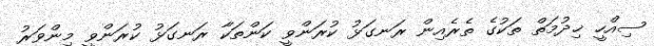
ސިއްހީ ޚިދުމަތް ތަކުގެ ތެރެއިން ރަނގަޅު ކުރަންވީ ކަންތަކާ ރަނގަޅު ކުރަންވީ މިންވަރު